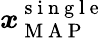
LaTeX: \boldsymbol{x}_{\mathrm{~M~A~P~}}^{\mathrm{~s~i~n~g~l~e~}}